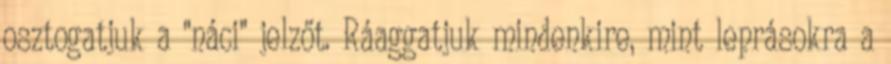
osztogatjuk a "náci" jelzőt. Ráaggatjuk mindenkire, mint leprásokra a